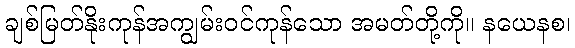
ချစ်မြတ်နိုးကုန်အကျွမ်းဝင်ကုန်သော အမတ်တို့ကို။ နယေနစ၊